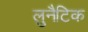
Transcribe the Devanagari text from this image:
लुनैटिक